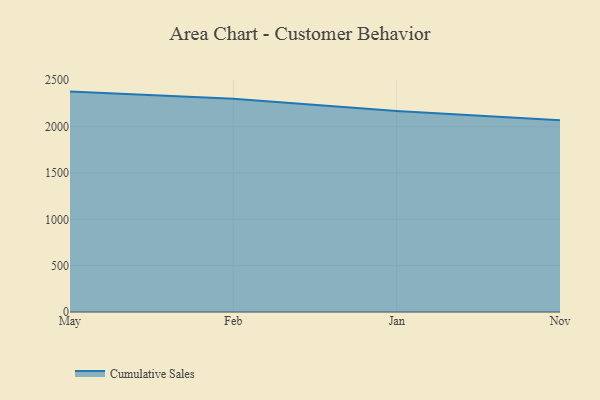
{"axis": {"x": "Month", "y": "Tickets Resolved"}, "legend": ["Cumulative Sales"], "data": [{"x": "May", "y": 2377.7, "type": "Cumulative Sales"}, {"x": "Feb", "y": 2300.0, "type": "Cumulative Sales"}, {"x": "Jan", "y": 2168.0, "type": "Cumulative Sales"}, {"x": "Nov", "y": 2067.4, "type": "Cumulative Sales"}]}